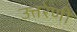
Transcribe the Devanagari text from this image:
उत्तरेणी